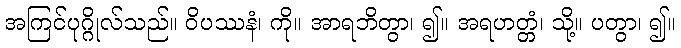
အကြင်ပုဂ္ဂိုလ်သည်။ ဝိပဿနံ၊ ကို။ အာရဘိတွာ၊ ၍။ အရဟတ္တံ၊ သို့။ ပတွာ၊ ၍။